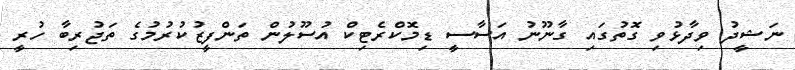
ނަޝީދު ވިދާޅުވި ގޮތުގައި ގާނޫނު އަސާސީ ޑިމޮކްރެޓިކް އުސޫލުން ތަންފީޒުކުރުމުގެ ތަޖުރިބާ ހުރީ